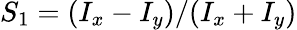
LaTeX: S_{1}=(I_{x}-I_{y})/(I_{x}+I_{y})